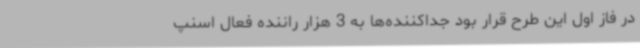
در فاز اول این طرح قرار بود جداکننده‌ها به 3 هزار راننده فعال اسنپ